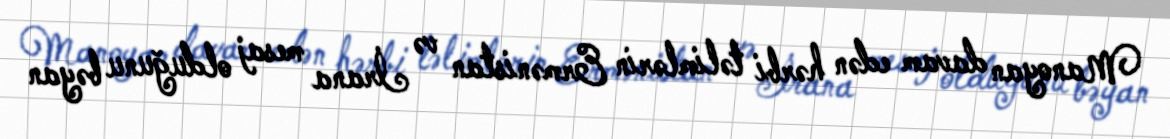
Manoyan davam edən hərbi təlimlərin Ermənistan və İrana mesaj olduğunu bəyan